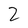
Character: 2